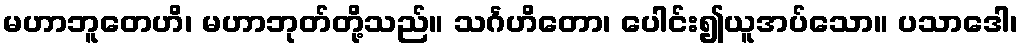
မဟာဘူတေဟိ၊ မဟာဘုတ်တို့သည်။ သင်္ဂဟိတော၊ ပေါင်း၍ယူအပ်သော။ ပသာဒေါ၊